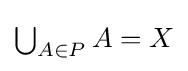
\textstyle \bigcup _{A\in P}A=X